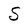
Character: S